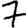
Digit: 7